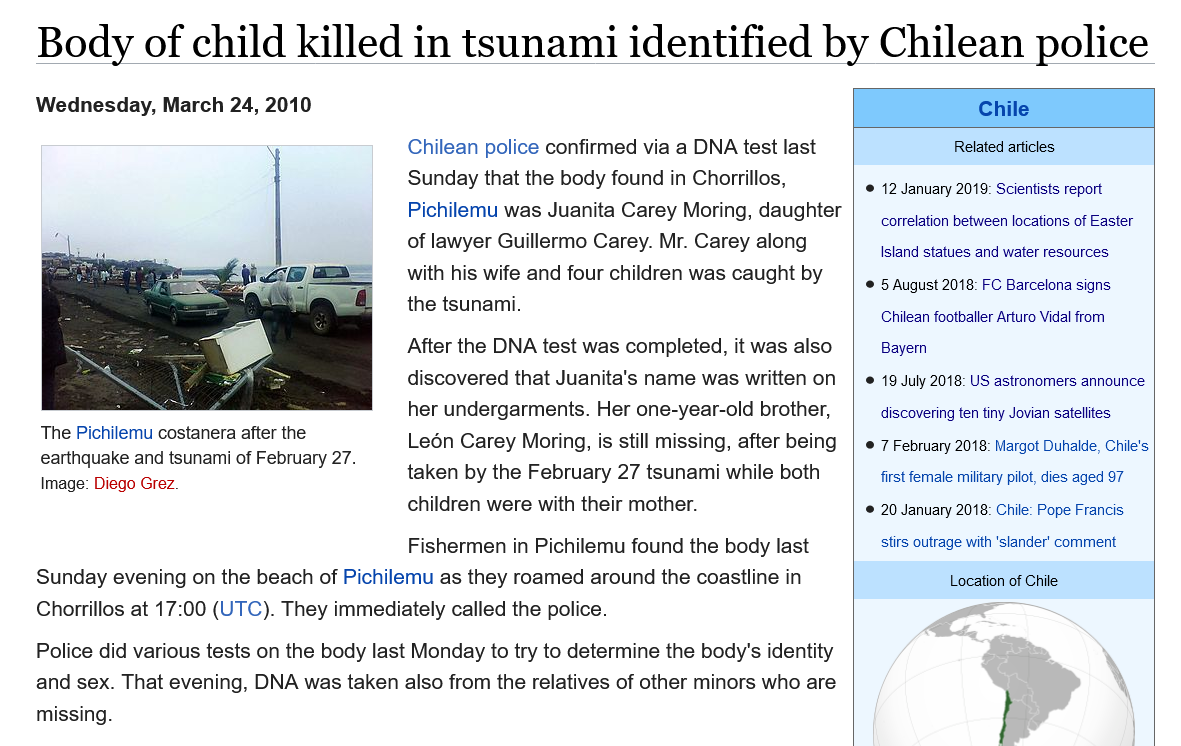
Body   of    child    killed    in   tsunami    identified    by   Chilean    police
     After the DNA test was completed, it was also
     discovered that Juanita's name was written on
     her undergarments. Her one-year-old brother,
     Ledén Carey Moring, is still missing, after being
     taken by the February 27 tsunami while both
     children were with their mother.
     Fishermen in Pichilemu found the body last
    Sunday evening on the beach of Pichilemu as they roamed around the coastline in
    Chorrillos at 17:00 (UTC). They immediately called the police.
    Police did various tests on the body last Monday to try to determine the body's identity
    and sex. That evening, DNA was taken also from the relatives of other minors who are
    missing.
    The Pichilemu costanera after the
    earthquake and tsunami of February 27.
    Image: Diego Grez.
     Chilean police confirmed via a DNA test last
     Sunday that the body found in Chorrillos,
     Pichilemu was Juanita Carey Moring, daughter
     of lawyer Guillermo Carey. Mr. Carey along
     with his wife and four children was caught by
     the tsunami.
     Chile
     Related articles
     © 12 January 2019: Scientists report
     correlation between locations of Easter
     Island statues and water resources
     © 5 August 2018: FC Barcelona signs
     Chilean footballer Arturo Vidal from
     Bayern
     © 19 July 2018: US astronomers announce
     discovering ten tiny Jovian satellites
     © 7 February 2018: Margot Duhalde, Chile's
     first fernale military pilot, dies aged 97
     © 20 January 2018: Chile: Pope Francis
     stirs outrage with ‘slander’ comment
     Location of Chile
    Wednesday, March  24, 2010